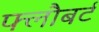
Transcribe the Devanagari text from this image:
फ्लौबर्ट